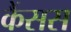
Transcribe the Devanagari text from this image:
कैंसस